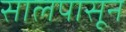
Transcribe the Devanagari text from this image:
सालपासून